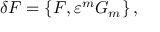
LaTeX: \delta F = \{ F , \varepsilon ^ { m } G _ { m } \} \, ,